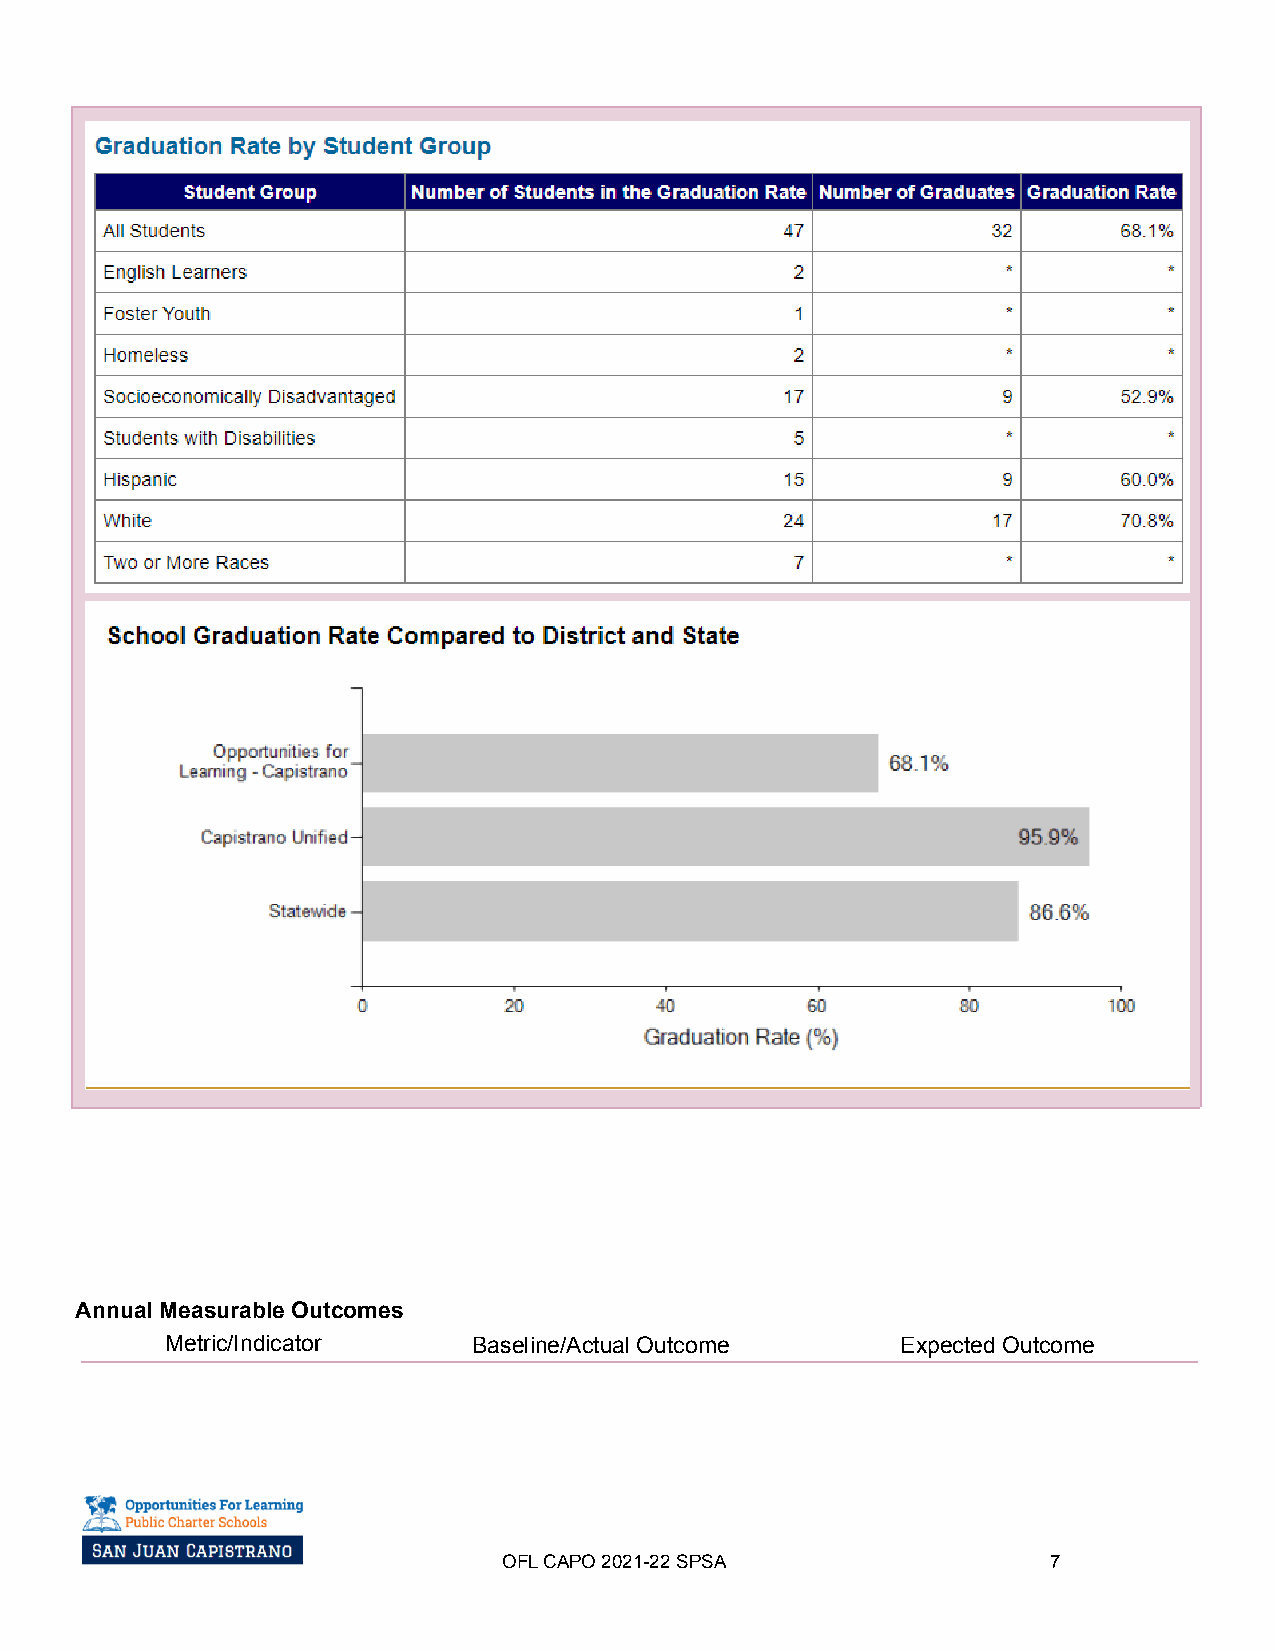
Annual Measurable Outcomes
 Metric/Indicator    Baseline/Actual Outcome      Expected Outcome
 OFL CAPO 2021-22SPSA                 7